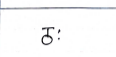
मजकूर: ठः